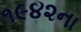
૧૯૪૨ના